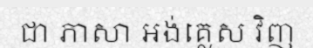
ជា ភាសា អង់គ្លេស វិញ